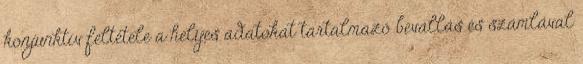
konjunktív feltétele a helyes adatokat tartalmazó bevallás és számlával